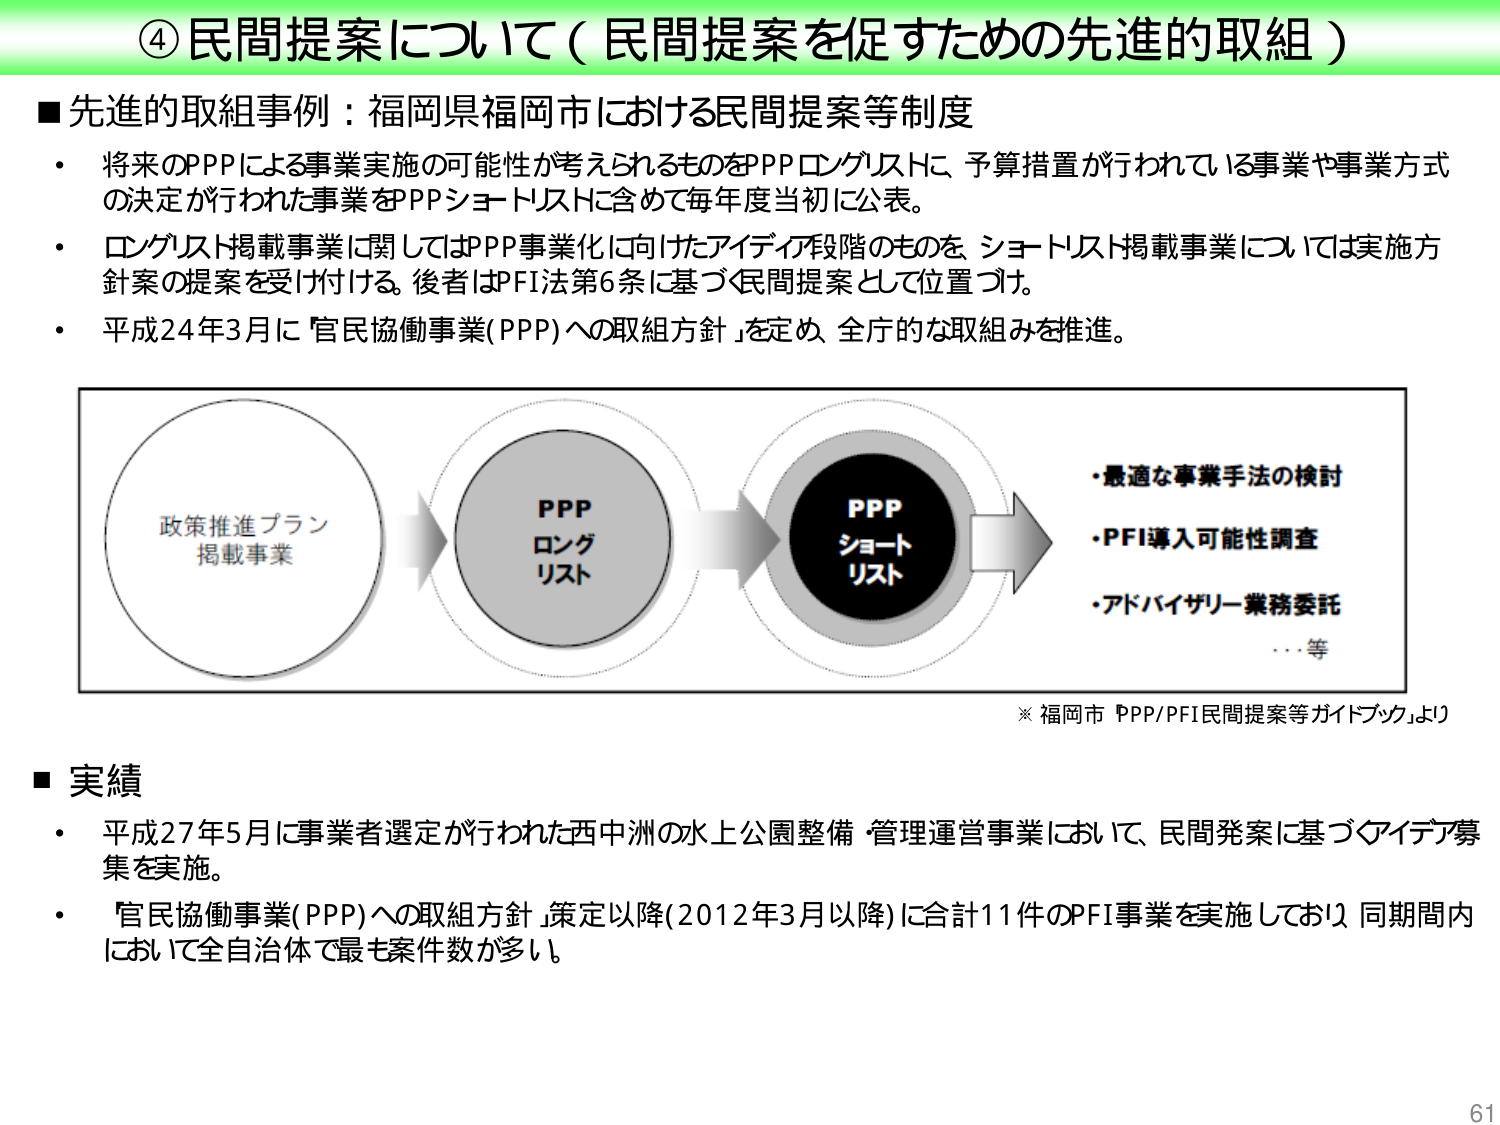
④民間提案について（民間提案を促すための先進的取組）

■先進的取組事例：福岡県福岡市における民間提案等制度
・将来のPPPによる事業実施の可能性が考えられるものをPPPロングリストに、予算措置が行われている事業や事業方式の決定が行われた事業をPPショートリストに含めて毎年度当初に公表。
・ロングリスト掲載事業に関してはPPP事業化に向けたアイディア段階のものを、ショートリスト掲載事業については実施方針案の提案を受け付ける。後者はPFI法第6条に基づく民間提案として位置づけ。
・平成24年3月に「官民協働事業(PPP)への取組方針」を定め、全庁的な取組みを推進。

政策推進プラン
掲載事業 → PPP
ロング
リスト → PPP
ショート
リスト → ・最適な事業手法の検討
・PFI導入可能性調査
・アドバイザリー業務委託
…等

※福岡市「PPP/PFI民間提案等ガイドブック」より

■実績
・平成27年5月に事業者選定が行われた西中洲の水上公園整備・管理運営事業において、民間発案に基づくアイディア募集を実施。
・「官民協働事業(PPP)への取組方針」策定以降（2012年3月以降）に合計11件のPFI事業を実施しており、同期間内において全自治体で最も案件数が多い。

61